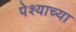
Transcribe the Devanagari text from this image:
पेश्याच्या